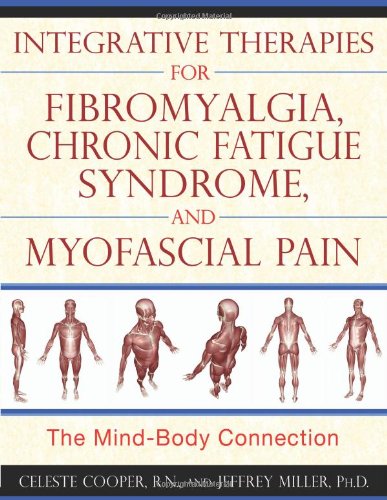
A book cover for Integrative Therapies for Fibromyalgia, Chronic Fatigue Syndrome, and Myofascial: The Mind-Body Connection; Celeste Cooper R.N.; Health, Fitness & Dieting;